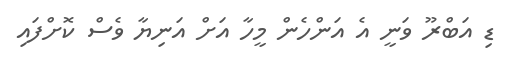
ޑި އަބްރޫ ވަނީ އެ އަންހެން މީހާ އަށް އަނިޔާ ވެސް ކޮށްފައި